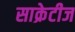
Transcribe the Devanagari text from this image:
साक्रेटीज